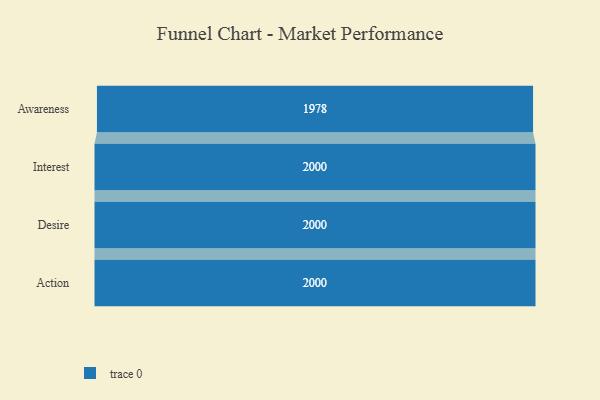
{"axis": {"x": "Stage", "y": "Value"}, "legend": [""], "data": [{"x": "Awareness", "y": 1978.0, "type": ""}, {"x": "Interest", "y": 2000, "type": ""}, {"x": "Desire", "y": 2000, "type": ""}, {"x": "Action", "y": 2000, "type": ""}]}